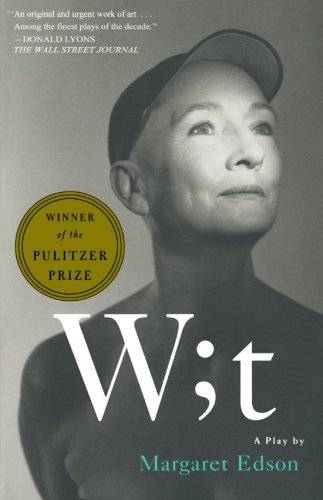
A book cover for Wit: A Play; Margaret Edson; Literature & Fiction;